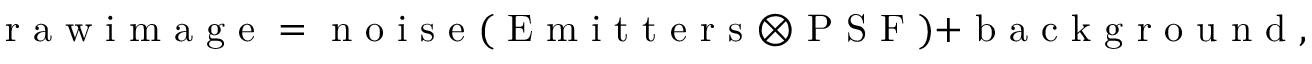
\mathrm { ~ r ~ a ~ w ~ i ~ m ~ a ~ g ~ e ~ } = \mathrm { ~ n ~ o ~ i ~ s ~ e ~ } ( \mathrm { ~ E ~ m ~ i ~ t ~ t ~ e ~ r ~ s ~ } \otimes \mathrm { ~ P ~ S ~ F ~ } ) + \mathrm { ~ b ~ a ~ c ~ k ~ g ~ r ~ o ~ u ~ n ~ d ~ , ~ }